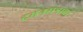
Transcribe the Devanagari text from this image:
दमनसत्राचा